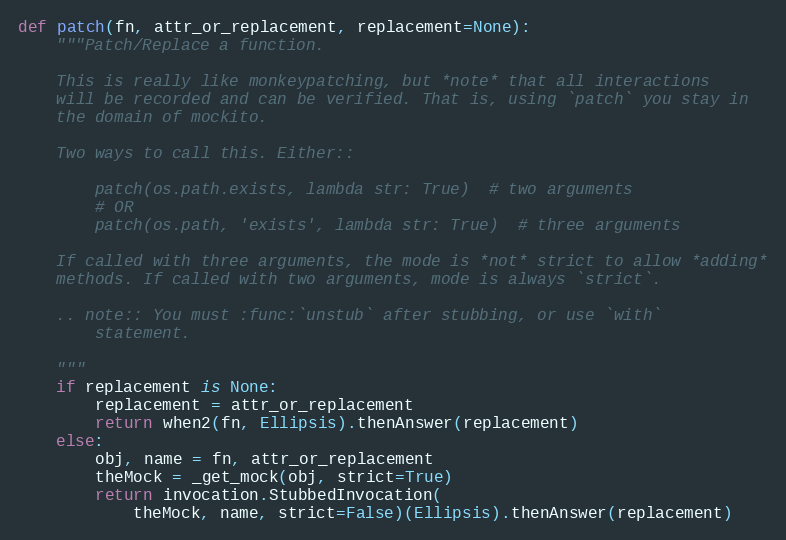
Language: Python
def patch(fn, attr_or_replacement, replacement=None):
    """Patch/Replace a function.

    This is really like monkeypatching, but *note* that all interactions
    will be recorded and can be verified. That is, using `patch` you stay in
    the domain of mockito.

    Two ways to call this. Either::

        patch(os.path.exists, lambda str: True)  # two arguments
        # OR
        patch(os.path, 'exists', lambda str: True)  # three arguments

    If called with three arguments, the mode is *not* strict to allow *adding*
    methods. If called with two arguments, mode is always `strict`.

    .. note:: You must :func:`unstub` after stubbing, or use `with`
        statement.

    """
    if replacement is None:
        replacement = attr_or_replacement
        return when2(fn, Ellipsis).thenAnswer(replacement)
    else:
        obj, name = fn, attr_or_replacement
        theMock = _get_mock(obj, strict=True)
        return invocation.StubbedInvocation(
            theMock, name, strict=False)(Ellipsis).thenAnswer(replacement)